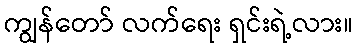
ကျွန်တော် လက်ရေး ရှင်းရဲ့လား။